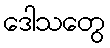
ဒေါသတွေ